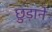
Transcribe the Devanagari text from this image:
छु़ड़ाने